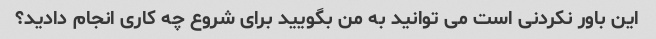
این باور نکردنی است می توانید به من بگویید برای شروع چه کاری انجام دادید؟